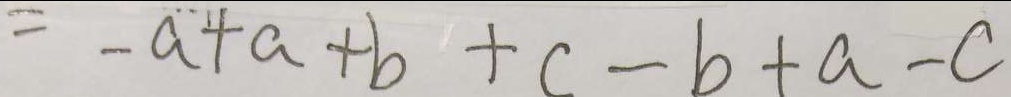
= - a + a + b + c - b + a - c